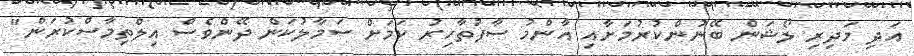
އަދި މަދިރި ލޯޝަން ބޭނުންކުރުމަށާއި އާންމު ސާފުތާހިރު ކަަމަށް ސަމާލުކަން ދޭންވެސް އިލްތިމާސްކުރަން"